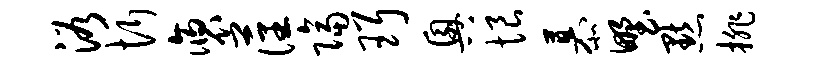
浴忻褒藩隔珥兴恨慕野默排